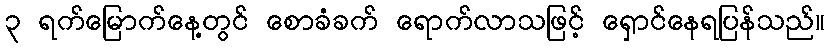
၃ ရက်မြောက်နေ့တွင် စောခံခက် ရောက်လာသဖြင့် ရှောင်နေရပြန်သည်။